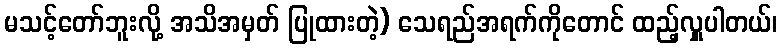
မသင့်တော်ဘူးလို့ အသိအမှတ် ပြုထားတဲ့) သေရည်အရက်ကိုတောင် ထည့်လှူပါတယ်၊